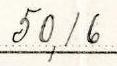
50,16